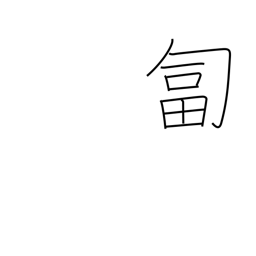
Meaning: crawl